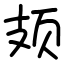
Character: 𫠆